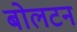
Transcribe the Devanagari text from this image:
बोलटन